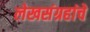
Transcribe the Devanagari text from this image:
लेखसंग्रहांचे